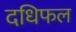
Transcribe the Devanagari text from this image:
दधिफल